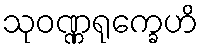
သုဝဏ္ဏရုက္ခေဟိ